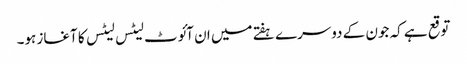
توقع ہے کہ جون کے دوسرے ہفتے میں ان آئوٹ لیٹس لیٹس کا آغاز ہو۔